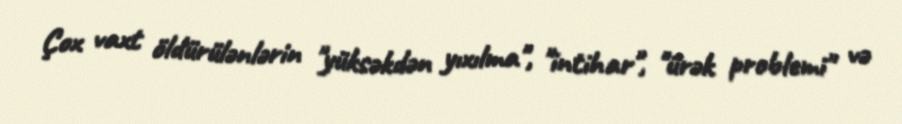
Çox vaxt öldürülənlərin "yüksəkdən yıxılma", "intihar", "ürək problemi" və